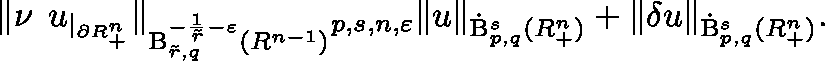
\begin{array} { r } { \lVert \nu \mathbin { \lrcorner } u _ { | _ { \partial \mathbb { R } _ { + } ^ { n } } } \rVert _ { \mathrm { B } _ { \tilde { r } , q } ^ { - \frac { 1 } { \tilde { r } } - \varepsilon } ( \mathbb { R } ^ { n - 1 } ) } \lesssim _ { p , s , n , \varepsilon } \lVert u \rVert _ { { \dot { \mathrm { B } } } _ { p , q } ^ { s } ( \mathbb { R } _ { + } ^ { n } ) } + \lVert \mathbf { \delta } u \rVert _ { { \dot { \mathrm { B } } } _ { p , q } ^ { s } ( \mathbb { R } _ { + } ^ { n } ) } \mathrm { . } } \end{array}